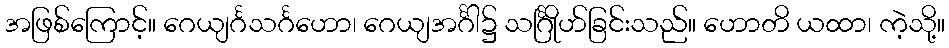
အဖြစ်ကြောင့်။ ဂေယျင်္ဂသင်္ဂဟော၊ ဂေယျအင်္ဂါ၌ သင်္ဂြိုဟ်ခြင်းသည်။ ဟောတိ ယထာ၊ ကဲ့သို့။